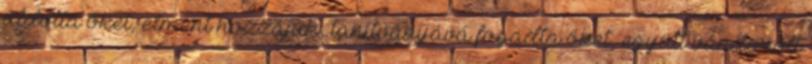
áldotta őket, elment hozzájuk, tanítványává fogadta őket, együtt vándorolt